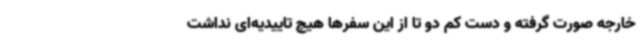
خارجه صورت گرفته و دست کم دو تا از این سفرها هیچ تاییدیه‌ای نداشت